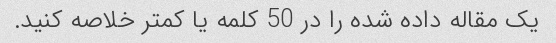
یک مقاله داده شده را در 50 کلمه یا کمتر خلاصه کنید.